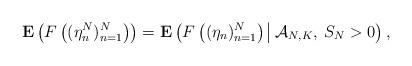
LaTeX: \begin{align*}\mathbf{E}\left(F\left((\eta^N_n)_{n=1}^{N}\right)\right)=\mathbf{E}\left(F\left((\eta_n)_{n=1}^{N}\right)\:\vline\:\mathcal{A}_{N,K},\:S_N>0\right),\end{align*}